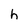
Character: h